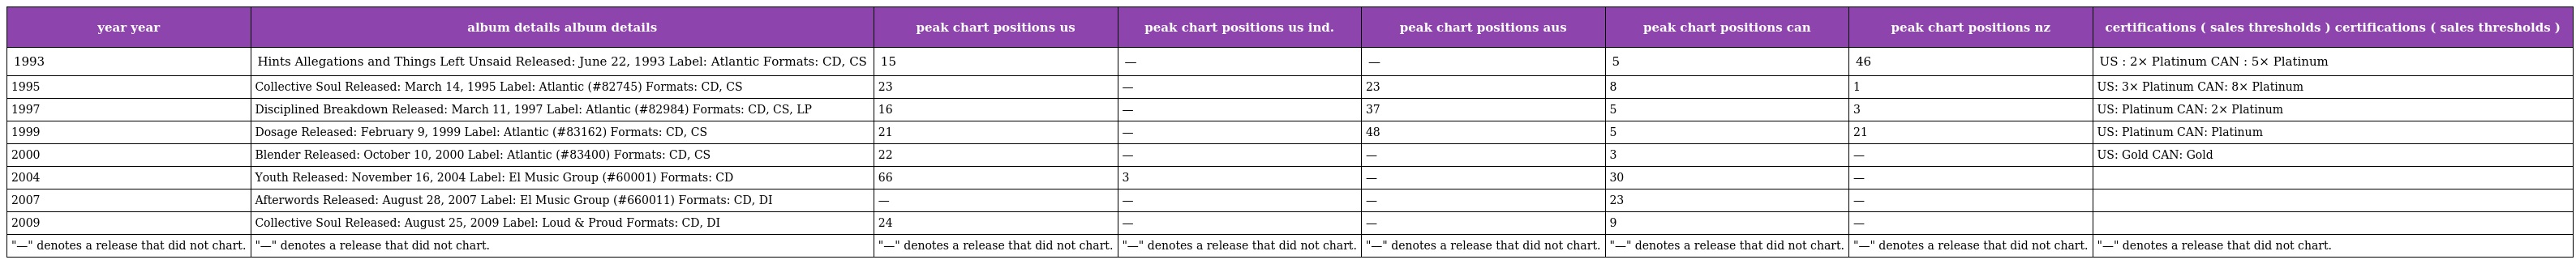
| year year | album details album details | peak chart positions us | peak chart positions us ind. | peak chart positions aus | peak chart positions can | peak chart positions nz | certifications ( sales thresholds ) certifications ( sales thresholds ) |
 | --- | --- | --- | --- | --- | --- | --- | --- |
 | 1993 | Hints Allegations and Things Left Unsaid Released: June 22, 1993 Label: Atlantic Formats: CD, CS | 15 | — | — | 5 | 46 | US : 2× Platinum CAN : 5× Platinum |
 | 1995 | Collective Soul Released: March 14, 1995 Label: Atlantic (#82745) Formats: CD, CS | 23 | — | 23 | 8 | 1 | US: 3× Platinum CAN: 8× Platinum |
 | 1997 | Disciplined Breakdown Released: March 11, 1997 Label: Atlantic (#82984) Formats: CD, CS, LP | 16 | — | 37 | 5 | 3 | US: Platinum CAN: 2× Platinum |
 | 1999 | Dosage Released: February 9, 1999 Label: Atlantic (#83162) Formats: CD, CS | 21 | — | 48 | 5 | 21 | US: Platinum CAN: Platinum |
 | 2000 | Blender Released: October 10, 2000 Label: Atlantic (#83400) Formats: CD, CS | 22 | — | — | 3 | — | US: Gold CAN: Gold |
 | 2004 | Youth Released: November 16, 2004 Label: El Music Group (#60001) Formats: CD | 66 | 3 | — | 30 | — |  |
 | 2007 | Afterwords Released: August 28, 2007 Label: El Music Group (#660011) Formats: CD, DI | — | — | — | 23 | — |  |
 | 2009 | Collective Soul Released: August 25, 2009 Label: Loud & Proud Formats: CD, DI | 24 | — | — | 9 | — |  |
 | "—" denotes a release that did not chart. | "—" denotes a release that did not chart. | "—" denotes a release that did not chart. | "—" denotes a release that did not chart. | "—" denotes a release that did not chart. | "—" denotes a release that did not chart. | "—" denotes a release that did not chart. | "—" denotes a release that did not chart. |